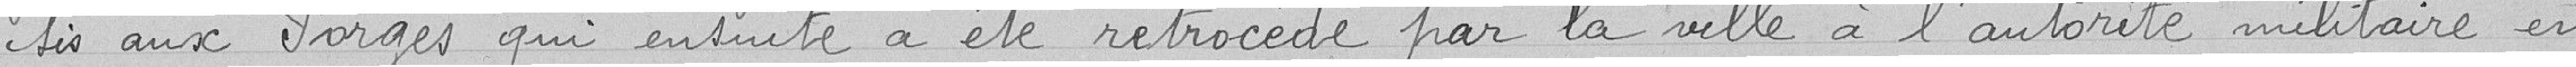
sis aux Forges qui ensuite a été rétrocédé par la ville à l'autorité militaire en